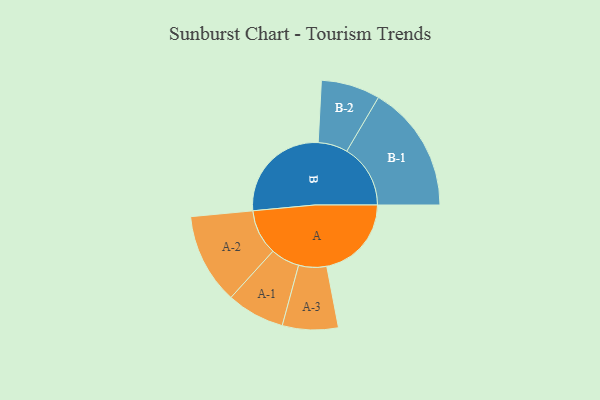
{"axis": {"x": "Segment", "y": "Value"}, "legend": ["", "A", "B"], "data": [{"x": "A", "y": 310, "type": ""}, {"x": "B", "y": 385, "type": ""}, {"x": "A-1", "y": 106, "type": "A"}, {"x": "A-2", "y": 166, "type": "A"}, {"x": "A-3", "y": 102, "type": "A"}, {"x": "B-1", "y": 233, "type": "B"}, {"x": "B-2", "y": 108, "type": "B"}]}